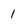
Character: 1